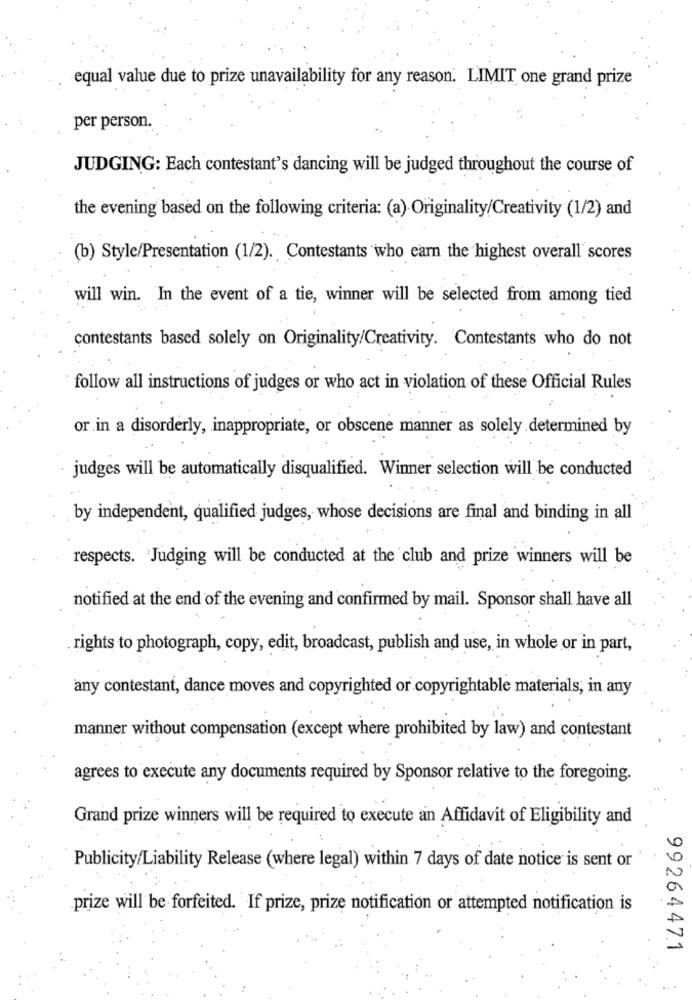
equal value due to prize unavailability for any reason. LIMIT one grand prize
per person.
JUDGING: Each contestant's dancing will be judged throughout the course of
the evening based on the following criteria: (a) Originality/Creativity (1/2) and
(b) Style/Presentation (1/2). Contestants who earn the highest overall scores
will win. In the event of a tie, winner will be selected from among tied
contestants based solely on Originality/Creativity. Contestants who do not
follow all instructions of judges or who act in violation of these Official Rules
or in a disorderly, inappropriate, or obscene manner as solely determined by
judges will be automatically disqualified. Winner selection will be conducted
by independent, qualified judges, whose decisions are final and binding in all
respects. Judging will be conducted at the club and prize winners will be
notified at the end of the evening and confirmed by mail. Sponsor shall have all
rights to photograph, copy, edit, broadcast, publish and use, in whole or in part,
any contestant, dance moves and copyrighted or copyrightable materials, in any
manner without compensation (except where prohibited by law) and contestant
agrees to execute any documents required by Sponsor relative to the foregoing.
Grand prize winners will be required to execute an Affidavit of Eligibility and
Publicity/Liability Release (where legal) within 7 days of date notice is sent or
prize will be forfeited. If prize, prize notification or attempted notification is
99264471